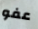
عفو